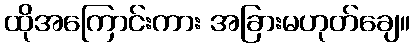
ထိုအကြောင်းကား အခြားမဟုတ်ချေ။